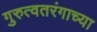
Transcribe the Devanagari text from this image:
गुरुत्वतरंगाच्या